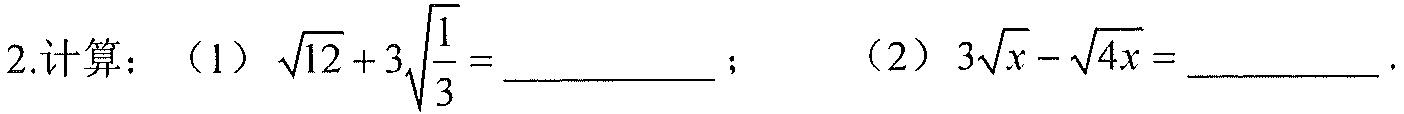
2.计算：（1）\(\sqrt{12}+3\sqrt{\frac{1}{3}}=\underline{\quad\quad}\)； （2）\(3\sqrt{x}-\sqrt{4x}=\underline{\quad\quad}\).